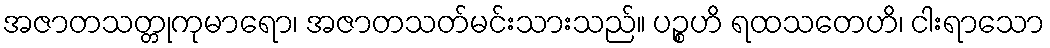
အဇာတသတ္တုကုမာရော၊ အဇာတသတ်မင်းသားသည်။ ပဉ္စဟိ ရထသတေဟိ၊ ငါးရာသော